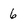
Character: 6